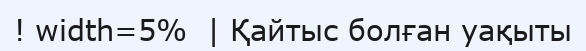
! width=5%  | Қайтыс болған уақыты